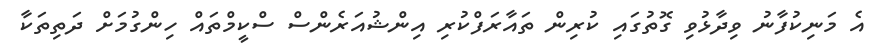
އެ މަނިކުފާނު ވިދާޅުވި ގޮތުގައި ކުރިން ތައާރަފްކުރި އިންޝުއަރެންސް ސްކީމްތައް ހިންގުމަށް ދަތިތަކާ